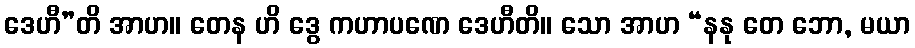
ဒေဟီ”တိ အာဟ။ တေန ဟိ ဒွေ ကဟာပဏေ ဒေဟီတိ။ သော အာဟ “နနု တေ ဘော, မယာ